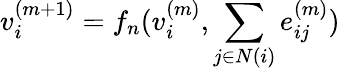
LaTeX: v_{i}^{(m+1)}=f_{n}(v_{i}^{(m)},\sum_{j\in N(i)}e_{ij}^{(m)})